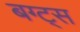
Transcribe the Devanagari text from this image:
बग्ट्स